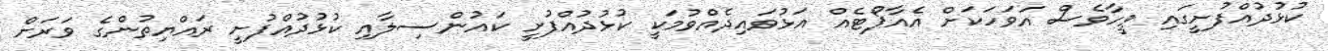
ކުޅުދުއްފުށީގައި ވީހާވެސް އަވަހަކަށް އެއާޕޯޓެއް އަޅުވައިދެއްވުމަކީ ކުޅުދުއްފުށީ ކައުންސިލާއި ކުޅުދުއްފުށީ ރައްޔިތުންގެ ވަރަށް